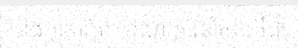
និងអាមេរិក។ ខណៈការនាំចូលគឺជា